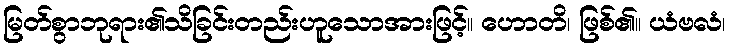
မြတ်စွာဘုရား၏သိခြင်းတည်းဟူသောအားဖြင့်။ ဟောတိ၊ ဖြစ်၏။ ယံဗလံ၊